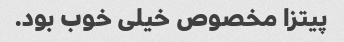
پیتزا مخصوص خیلی خوب بود.